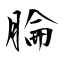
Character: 腀